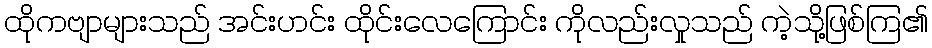
ထိုကဗျာများသည် အင်းဟင်း ထိုင်းလေကြောင်း ကိုလည်းလှုသည် ကဲ့သို့ဖြစ်ကြ၏